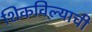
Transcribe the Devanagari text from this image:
शिकविल्याची